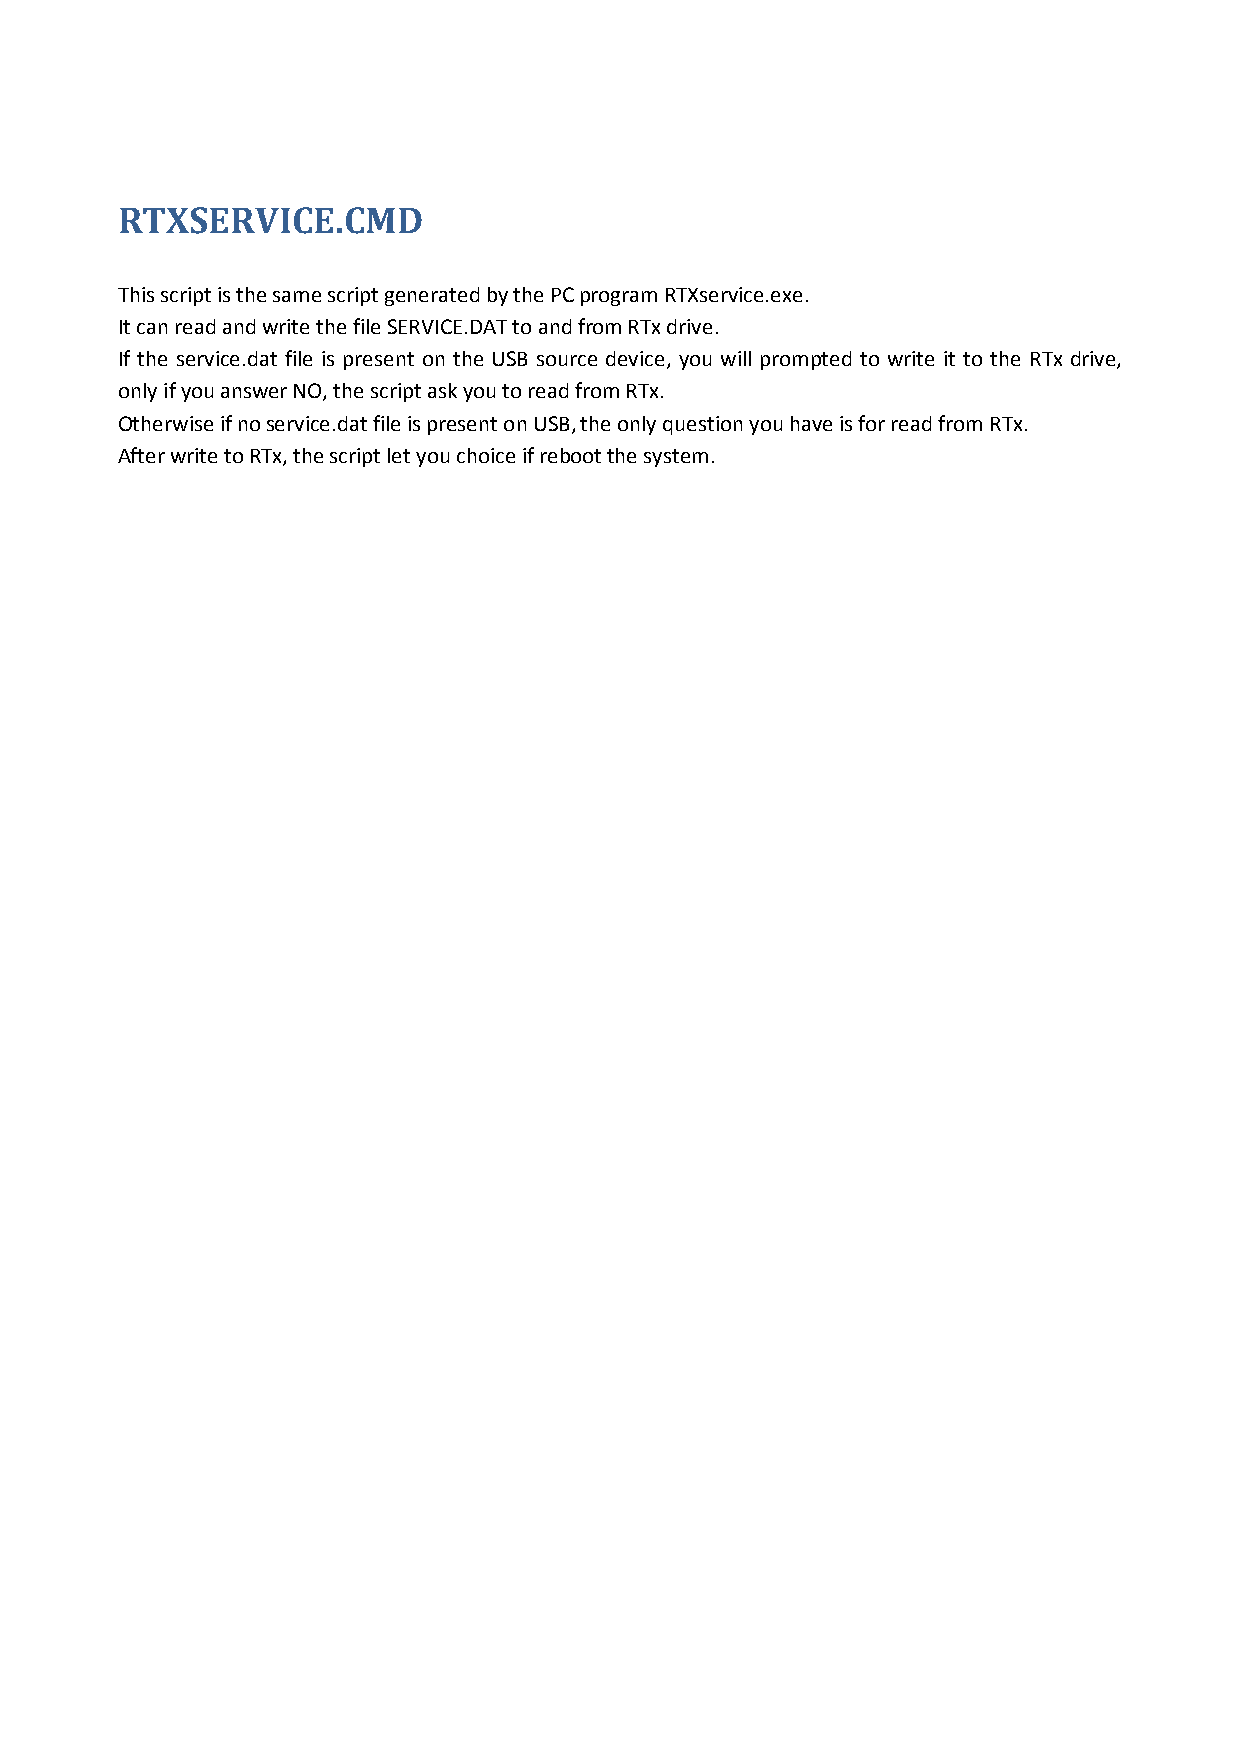
RTXSERVICE.CMD
 This script is the same script generated by the PC program RTXservice.exe.
 It can read and write the file SERVICE.DAT to and from RTx drive.
 If the service.dat file is present on the USB source device, you will prompted to write it to the RTx drive,
 only if you answer NO, the script ask you to read from RTx.
 Otherwise if no service.dat file is present on USB, the only question you have is for read from RTx.
 After write to RTx, the script let you choice if reboot the system.